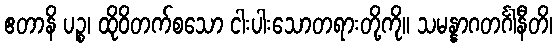
ဧတာနိ ပဉ္စ၊ ထိုဝိတက်စသော ငါးပါးသောတရားတို့ကို။ သမန္နာဂတင်္ဂါနီတိ၊